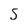
Character: S